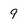
Character: 9